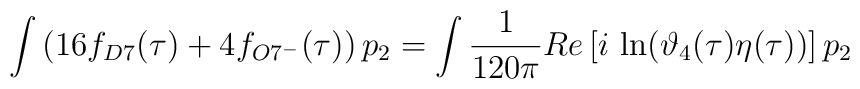
\int \left(16f_{D7}(\tau)+4f_{O7^{-}}(\tau)\right)p_2=\int \frac{1}{120\pi}Re \left[i\, \ln(\vartheta_4(\tau)\eta(\tau)) \right]p_2